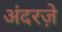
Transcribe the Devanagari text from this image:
अंदरज़े